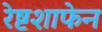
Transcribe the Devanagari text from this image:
रेष्टशाफेन